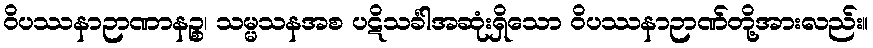
ဝိပဿနာဉာဏာနဉ္စ၊ သမ္မသနအစ ပဋိသင်္ခါအဆုံးရှိသော ဝိပဿနာဉာဏ်တို့အားလည်း။